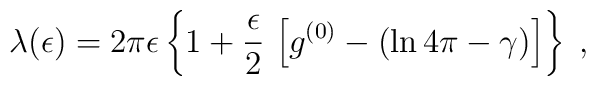
\lambda(\epsilon) = 2 \pi \epsilon\left\{ 1 + \frac{\epsilon}{2}  \,\left[g^{(0)}- \left(  \ln 4\pi - \gamma \right)\right]\right\}\; ,